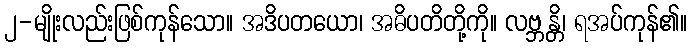
၂-မျိုးလည်းဖြစ်ကုန်သော။ အဒိပတယော၊ အဓိပတိတို့ကို။ လဗ္ဘန္တိ၊ ရအပ်ကုန်၏။